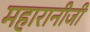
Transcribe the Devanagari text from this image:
महारानीजी